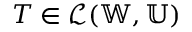
\boldsymbol { T } \in \mathcal { L } ( \mathbb { W } , \mathbb { U } )